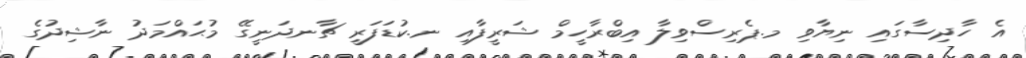
އެ ހާދިސާގައި ނިޔާވި މ.ޕެރިސްވިލާ އިބްރާހީމް ޝަރީފާއި ނ.ކުޑަފަރީ ޗާނދަނީގޭ މުޙައްމަދު ނާޝިދުގެ